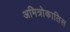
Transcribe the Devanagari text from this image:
अमित्रोकातिस